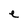
Character: e